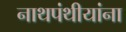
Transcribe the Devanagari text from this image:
नाथपंथीयांना